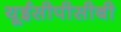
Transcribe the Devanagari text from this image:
यूईसीपीसीबी